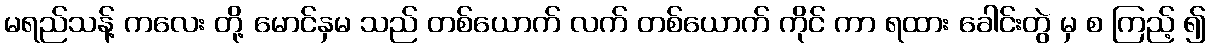
မရည်သန့် ကလေး တို့ မောင်နှမ သည် တစ်ယောက် လက် တစ်ယောက် ကိုင် ကာ ရထား ခေါင်းတွဲ မှ စ ကြည့် ၍